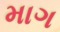
માગ